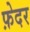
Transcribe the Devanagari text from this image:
फ़ेदर